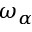
\omega _ { \alpha }